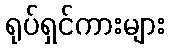
ရုပ်ရှင်ကားများ